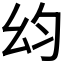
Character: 𭙋